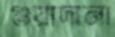
গুয়াদানা